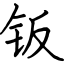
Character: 钣